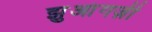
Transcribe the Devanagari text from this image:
झुआंगज़ी